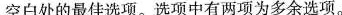
空白处的最佳选项。选项中有两项为多余选项。